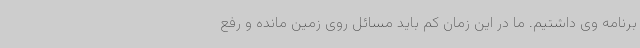
برنامه وی داشتیم. ما در این زمان کم باید مسائل روی زمین مانده و رفع